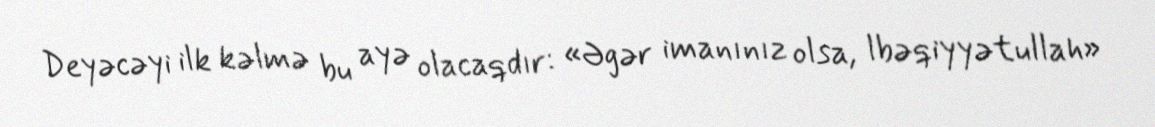
Deyəcəyi ilk kəlmə bu ayə olacaqdır: «Əgər imanınız olsa, lbəqiyyətullah»